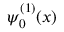
\psi _ { 0 } ^ { ( 1 ) } ( x )